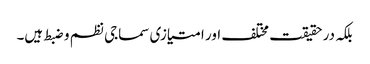
بلکہ در حقیقت مختلف اور امتیازی سماجی نظم و ضبط ہیں۔